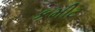
કમીટ